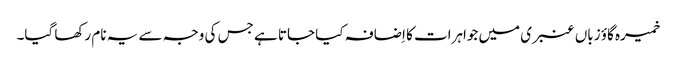
خمیرہ گاؤ زباں عنبری میں جواہرات کا اِضافہ کیا جاتا ہے جس کی وجہ سے یہ نام رکھا گیا۔